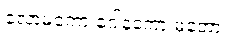
လောမကော ဂေါနကော မတော။